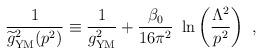
LaTeX: \begin{align*}{1\over {\widetilde g}^2_{\rm {\small YM}}(p^2)}\equiv {1\over g^2_{\rm {\small YM}}}+{\beta_0\over 16\pi^2}~ \ln\left({\Lambda^2\over p^2}\right)~,\end{align*}